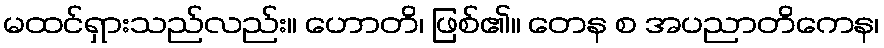
မထင်ရှားသည်လည်း။ ဟောတိ၊ ဖြစ်၏။ တေန စ အပညာတိကေန၊